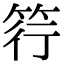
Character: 筕